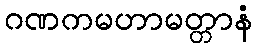
ဂဏကမဟာမတ္တာနံ